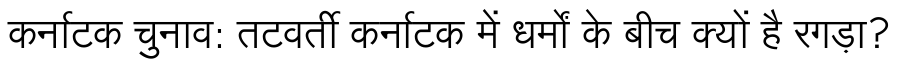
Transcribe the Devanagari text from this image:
कर्नाटक चुनाव: तटवर्ती कर्नाटक में धर्मों के बीच क्यों है रगड़ा?